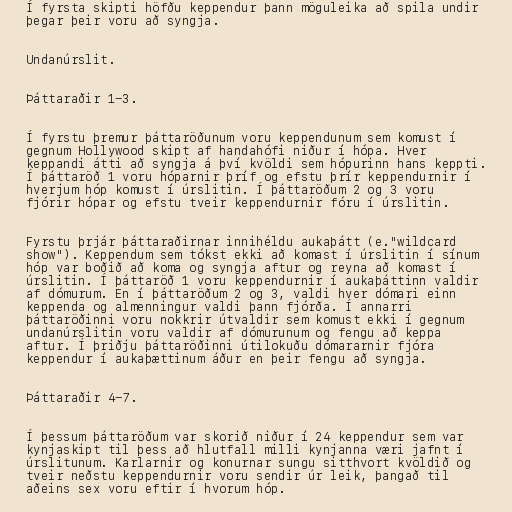
Í fyrsta skipti höfðu keppendur þann möguleika að spila undir
þegar þeir voru að syngja.

Undanúrslit.

Þáttaraðir 1-3.

Í fyrstu þremur þáttaröðunum voru keppendunum sem komust í
gegnum Hollywood skipt af handahófi niður í hópa. Hver
keppandi átti að syngja á því kvöldi sem hópurinn hans keppti.
Í þáttaröð 1 voru hóparnir þríf og efstu þrír keppendurnir í
hverjum hóp komust í úrslitin. Í þáttaröðum 2 og 3 voru
fjórir hópar og efstu tveir keppendurnir fóru í úrslitin.

Fyrstu þrjár þáttaraðirnar innihéldu aukaþátt (e."wildcard
show"). Keppendum sem tókst ekki að komast í úrslitin í sínum
hóp var boðið að koma og syngja aftur og reyna að komast í
úrslitin. Í þáttaröð 1 voru keppendurnir í aukaþáttinn valdir
af dómurum. En í þáttaröðum 2 og 3, valdi hver dómari einn
keppenda og almenningur valdi þann fjórða. Í annarri
þáttaröðinni voru nokkrir útvaldir sem komust ekki í gegnum
undanúrslitin voru valdir af dómurunum og fengu að keppa
aftur. Í þriðju þáttaröðinni útilokuðu dómararnir fjóra
keppendur í aukaþættinum áður en þeir fengu að syngja.

Þáttaraðir 4-7.

Í þessum þáttaröðum var skorið niður í 24 keppendur sem var
kynjaskipt til þess að hlutfall milli kynjanna væri jafnt í
úrslitunum. Karlarnir og konurnar sungu sitthvort kvöldið og
tveir neðstu keppendurnir voru sendir úr leik, þangað til
aðeins sex voru eftir í hvorum hóp.